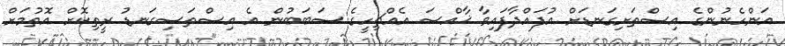
އަންހެނުންގެ އިސްތަށިގަނޑަށް އުފައްދާފައިވާ ޚާއްސަ އެއްޗިހީގެ ސަބަބުން އެ އިސްތަސިގަނޑު ރީތިކޮށް އޮތުމަށް